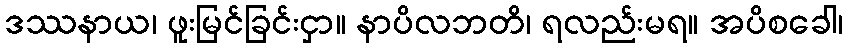
ဒဿနာယ၊ ဖူးမြင်ခြင်းငှာ။ နာပိလဘတိ၊ ရလည်းမရ။ အပိစခေါ၊